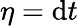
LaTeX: \eta=\mathrm{d}t